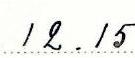
12.15